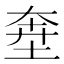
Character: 𱖸